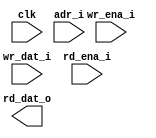
module ram_sp_240x32 (
  // global
  clk         ,
  // address
  adr_i       ,
  // write
  wr_ena_i    ,
  wr_dat_i    ,
  // read
  rd_ena_i    ,
  rd_dat_o
);

//*** PARAMETER ****************************************************************


//*** INPUT/OUTPUT *************************************************************

  // global
  input               clk         ;
  // address
  input  [8 -1 :0]    adr_i       ;
  // write
  input               wr_ena_i    ;
  input  [32-1 :0]    wr_dat_i    ;
  // read
  input               rd_ena_i    ;
  output [32-1 :0]    rd_dat_o    ;


//*** WIRE/REG *****************************************************************


//*** MAIN BODY ****************************************************************

`ifdef RTL_MODEL

  sram_sp_be_behave #(
    .ADR_WD    ( 8           ),
    .DAT_WD    ( 32          ),
    .COL_WD    ( 32          )
  ) sram_sp_be_behave(
    .clk       ( clk         ),
    .adr       ( adr_i       ),
    .wr_ena    ( wr_ena_i    ),
    .wr_dat    ( wr_dat_i    ),
    .rd_ena    ( rd_ena_i    ),
    .rd_dat    ( rd_dat_o    )
    );

`endif

`ifdef XM_MODEL 

  wire cen_w    = !(wr_ena_i || rd_ena_i) ;
  wire wr_ena_w = !wr_ena_i ;

  rfsphd_240x32 u_rfsphd_240x32(
      .Q       ( rd_dat_o     ), // output data 
      .CLK     ( clk          ), // clk 
      .CEN     ( cen_w        ), // low active 
      .WEN     ( wr_ena_w     ), // low active 
      .A       ( adr_i        ), // address 
      .D       ( wr_dat_i     ), // input data 
      .EMA     ( 3'b1 ),  
      .EMAW    ( 2'b0 ),
      .RET1N   ( 1'b1 ) 
        );
`endif

endmodule